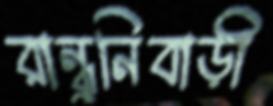
রান্ধুনিবাড়ী